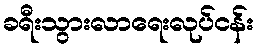
ခရီးသွားလာရေးလုပ်ငန်း